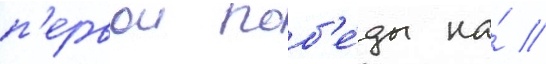
п'ервои поб'е́ды на́ //